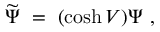
\widetilde \Psi \ = \ ( \cosh V ) \Psi \ ,